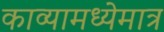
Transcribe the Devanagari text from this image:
काव्यामध्येमात्र